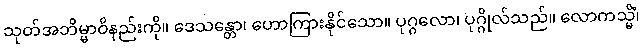
သုတ်အဘိမ္မာဝိနည်းကို။ ဒေသန္တော၊ ဟောကြားနိုင်သော။ ပုဂ္ဂလော၊ ပုဂ္ဂိုလ်သည်။ လောကသ္မိံ၊